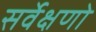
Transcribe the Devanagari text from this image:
सर्वेक्षणो